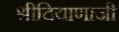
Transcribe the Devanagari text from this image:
श्रीदियाणाजी